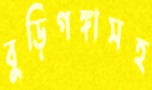
বুড়িগঙ্গাসহ